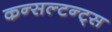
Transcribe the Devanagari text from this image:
कन्सल्टन्ट्स